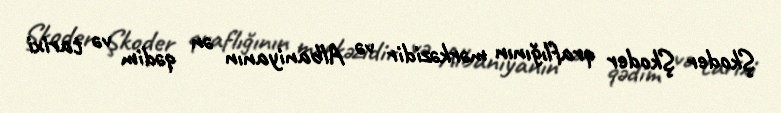
Şkoder Şkoder qraflığının mərkəzidir və Albaniyanın ən qədim və tarixi